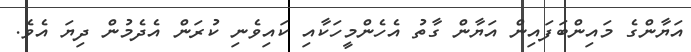
އަޔާންގެ މައިންބަފައިން އަޔާން ގާތު އެހެންމީހަކާއި ކައިވެނި ކުރަން އެދެމުން ދިޔަ އެވެ.